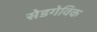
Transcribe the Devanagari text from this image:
सेडगेविक